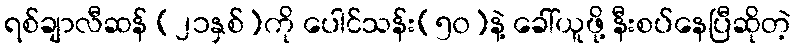
ရစ်ချာလီဆန် (၂၁နှစ်)ကို ပေါင်သန်း(၅၀)နဲ့ ခေါ်ယူဖို့ နီးစပ်နေပြီဆိုတဲ့